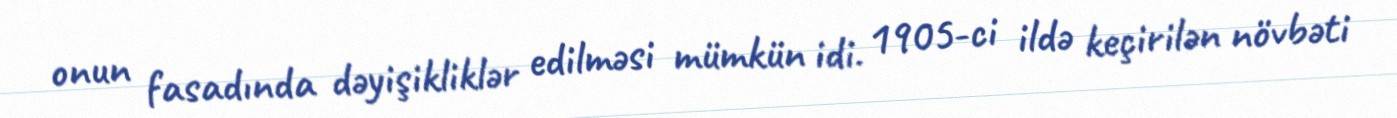
onun fasadında dəyişikliklər edilməsi mümkün idi. 1905-ci ildə keçirilən növbəti